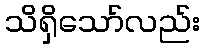
သိရှိသော်လည်း